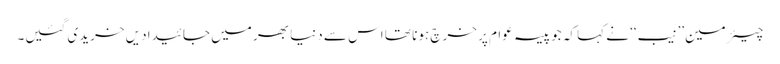
چیئرمین’’نیب‘‘ نے کہا کہ جو پیسہ عوام پر خرچ ہونا تھا اس سے دنیا بھر میں جائیدادیں خریدی گئیں۔